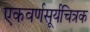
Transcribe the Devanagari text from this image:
एकवर्णसूर्यचित्रक